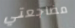
مضاجعتي